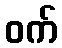
ဝက်